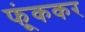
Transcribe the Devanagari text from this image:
फूंककर